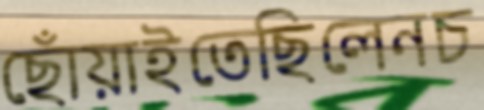
ছোঁয়াইতেছিলেনচ